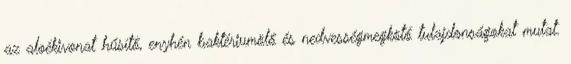
az aloékivonat hűsítő, enyhén baktériumölő és nedvességmegkötő tulajdonságokat mutat.